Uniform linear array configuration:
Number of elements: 4
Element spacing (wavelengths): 0.75
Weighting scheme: kaiser
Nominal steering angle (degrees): -45
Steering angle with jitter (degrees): -46.125
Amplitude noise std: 0.05
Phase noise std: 0.05

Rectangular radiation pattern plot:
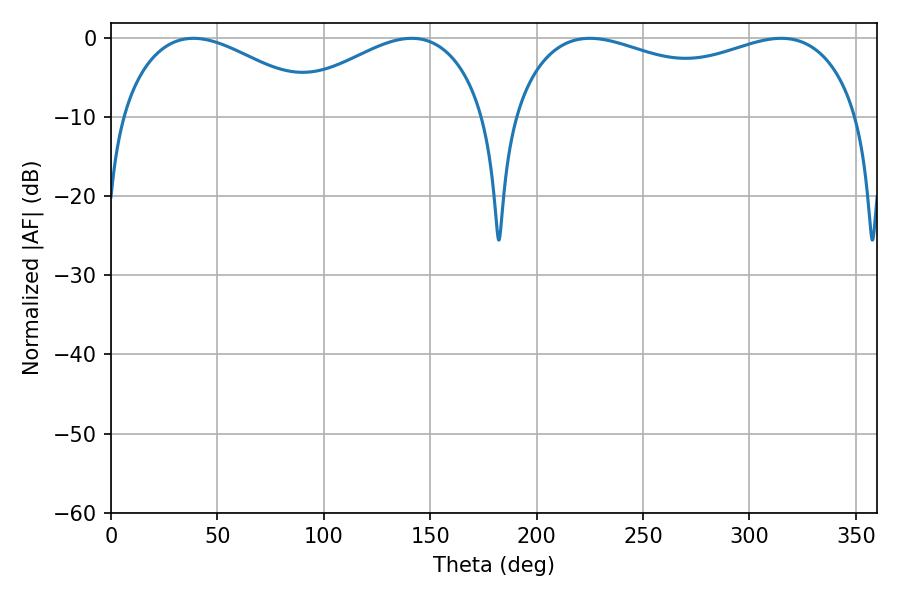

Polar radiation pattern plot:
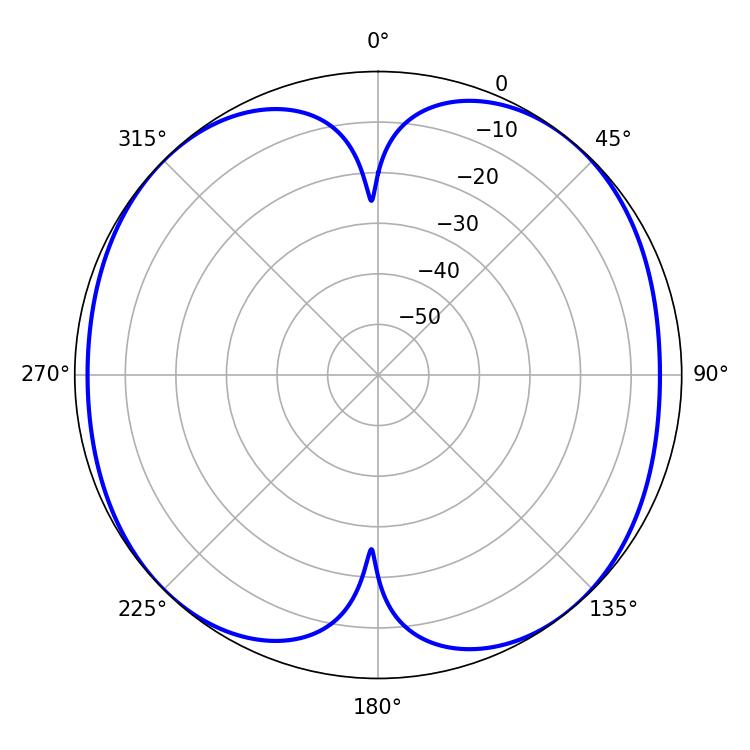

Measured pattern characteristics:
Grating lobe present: TRUE
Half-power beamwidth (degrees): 52.74
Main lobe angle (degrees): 38.7